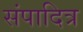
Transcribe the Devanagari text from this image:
संपादित्र